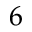
6